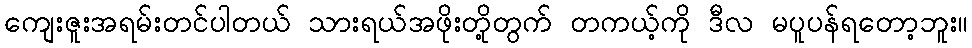
ကျေးဇူးအရမ်းတင်ပါတယ် သားရယ်အဖိုးတို့တွက် တကယ့်ကို ဒီလ မပူပန်ရတော့ဘူး။